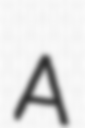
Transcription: A